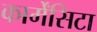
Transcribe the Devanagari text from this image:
कार्मेंसिटा